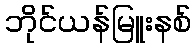
ဘိုင်ယန်မြူးနစ်